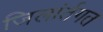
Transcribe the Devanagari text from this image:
जिलांर्तगत